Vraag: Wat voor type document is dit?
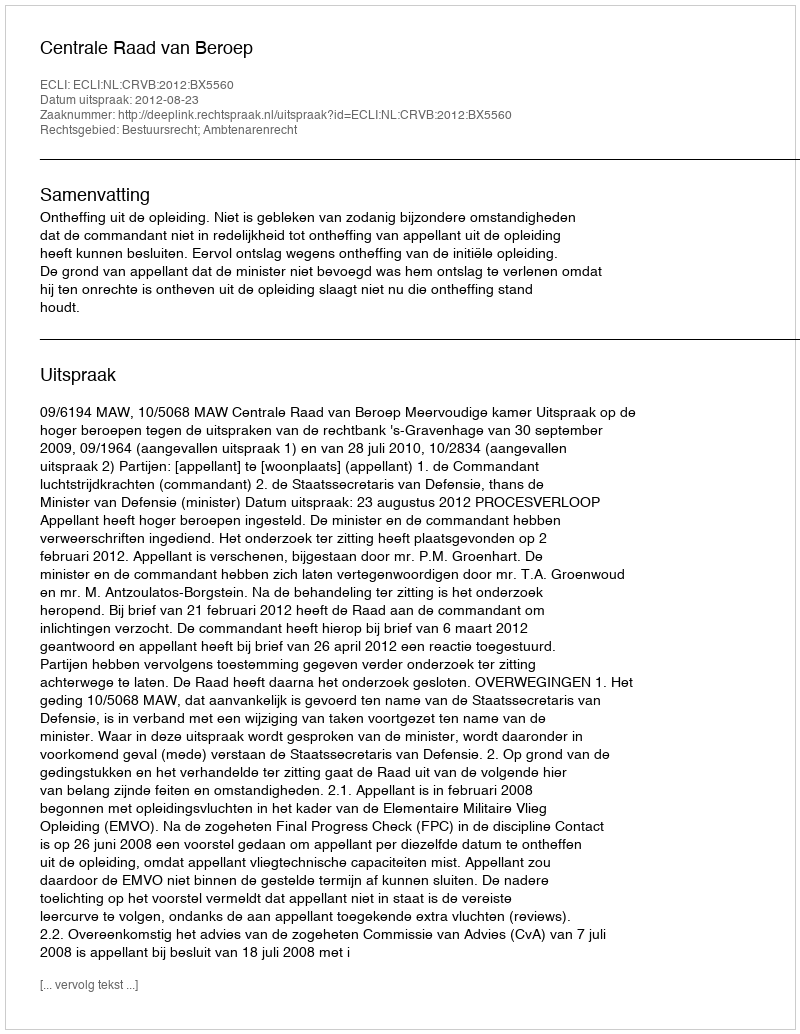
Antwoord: Uitspraak